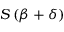
S \left( { \boldsymbol { \beta } } + { \boldsymbol { \delta } } \right)